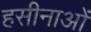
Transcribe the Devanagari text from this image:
हसीनाओं